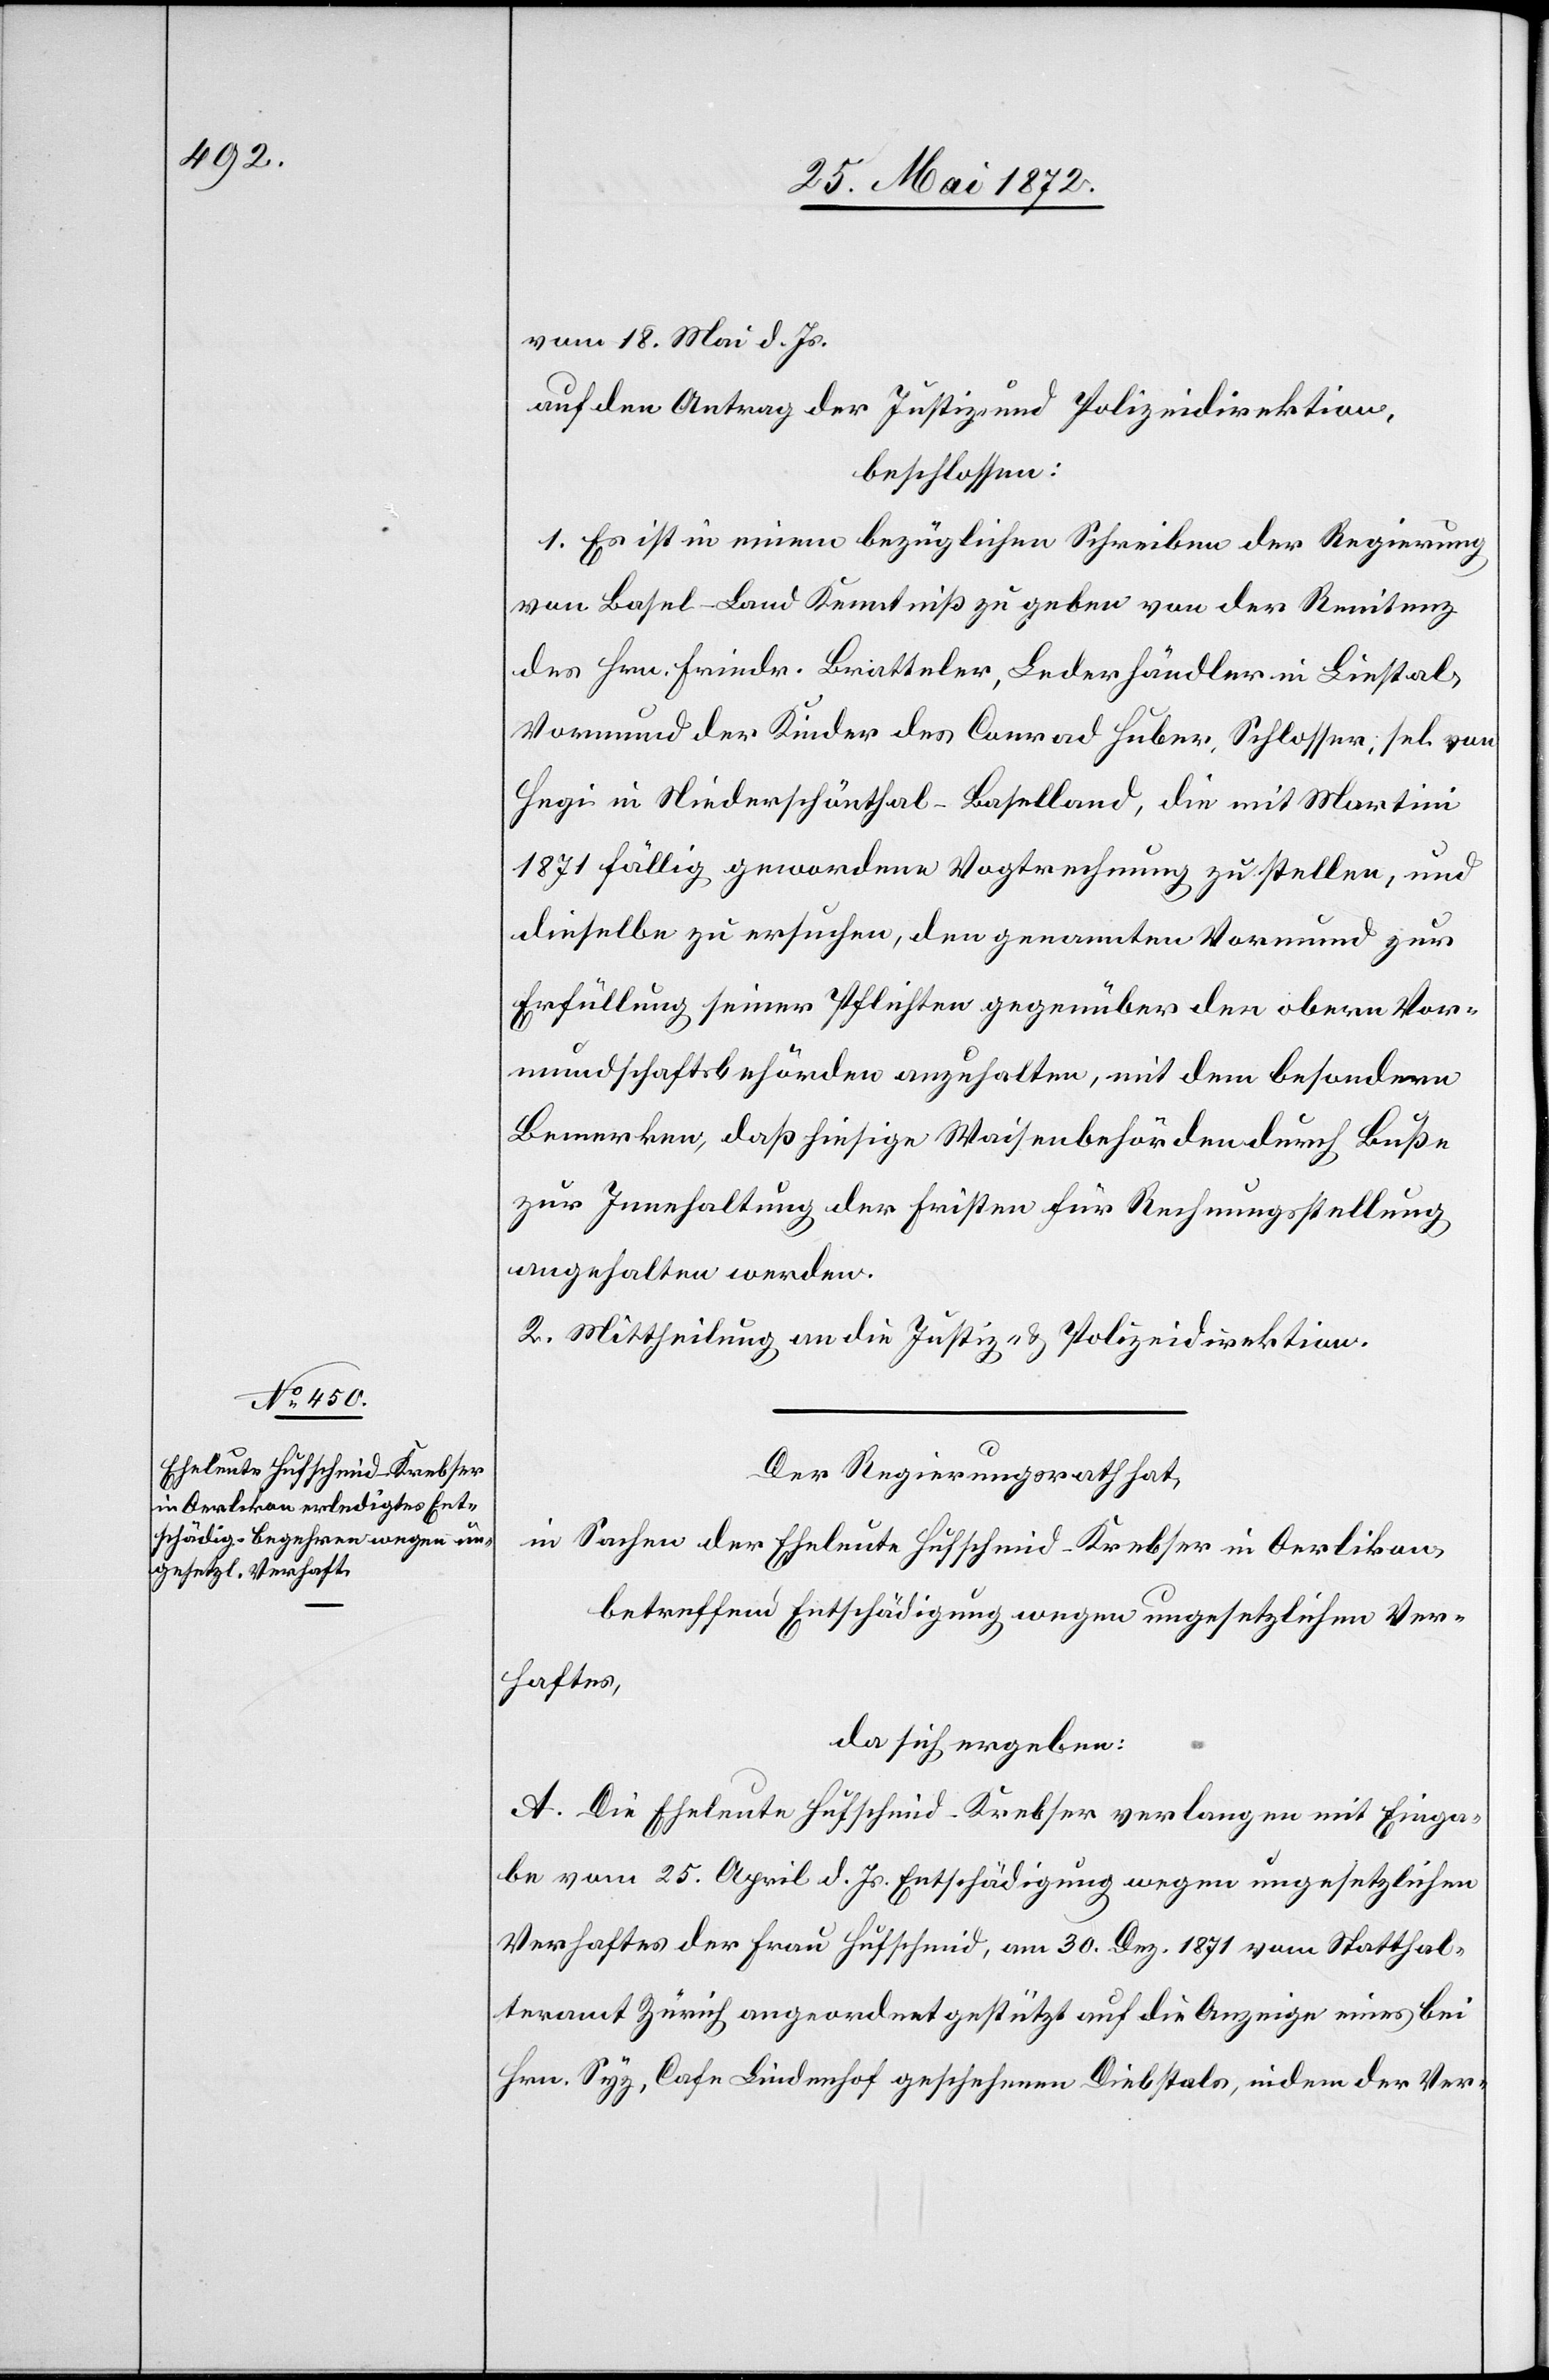
vom 18. Mai d. Js.
auf den Antrag der Justiz- u. Polizeidirektion,
beschlossen:
1. Es ist in einem bezüglichen Schreiben der Regierung
von Basel-Land Kenntniß zu geben von der Renitenz
des Hrn. Friedr. Bratteler, Lederhändler in Liestal,
Vormund der Kinder des Conrad Huber, Schlosser, sel. von
Hegi in Niederschönthal-Baselland, die mit Martini
1871 fällig gewordene Vogtrechnung zu stellen, und
dieselbe zu ersuchen, den genannten Vormund zur
Erfüllung seiner Pflichten gegenüber den obern Vor¬
mundschaftsbehörden anzuhalten, mit dem besondern
Bemerken, daß hiesige Waisenbehörden durch Buße
zur Innehaltung der Fristen für Rechnungsstellung
angehalten werden.
2. Mittheilung an die Justiz- u. Polizeidirektion.
Der Regierungsrath hat,
in Sachen der Eheleute Hufschmid-Krebser in Oerlikon
betreffend Entschädigung wegen ungesetzlichen Ver¬
haftes,
da sich ergeben:
A. Die Eheleute Hufschmid-Krebser verlangen mit Einga¬
be vom 25. April d. Js. Entschädigung wegen ungesetzlichen
Verhaftes der Frau Hufschmid, am 30. Dez. 1871 vom Statthal¬
teramt Zürich angeordnet gestützt auf die Anzeige eines bei
Hrn. Syz, Cafe Lindenhof geschehenen Diebstals, indem der Ver-